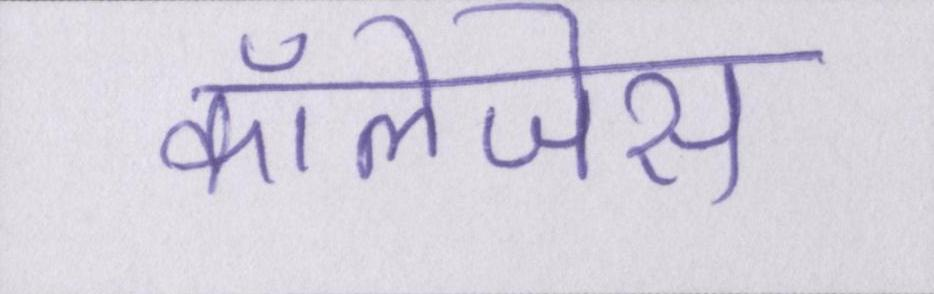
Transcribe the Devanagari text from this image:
कॉलेजेस